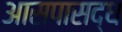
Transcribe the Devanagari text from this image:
आसपासद्ध